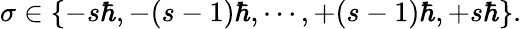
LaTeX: \sigma\in\{ -s\hbar,-(s-1)\hbar,\cdots,+(s-1)\hbar,+s\hbar\} .